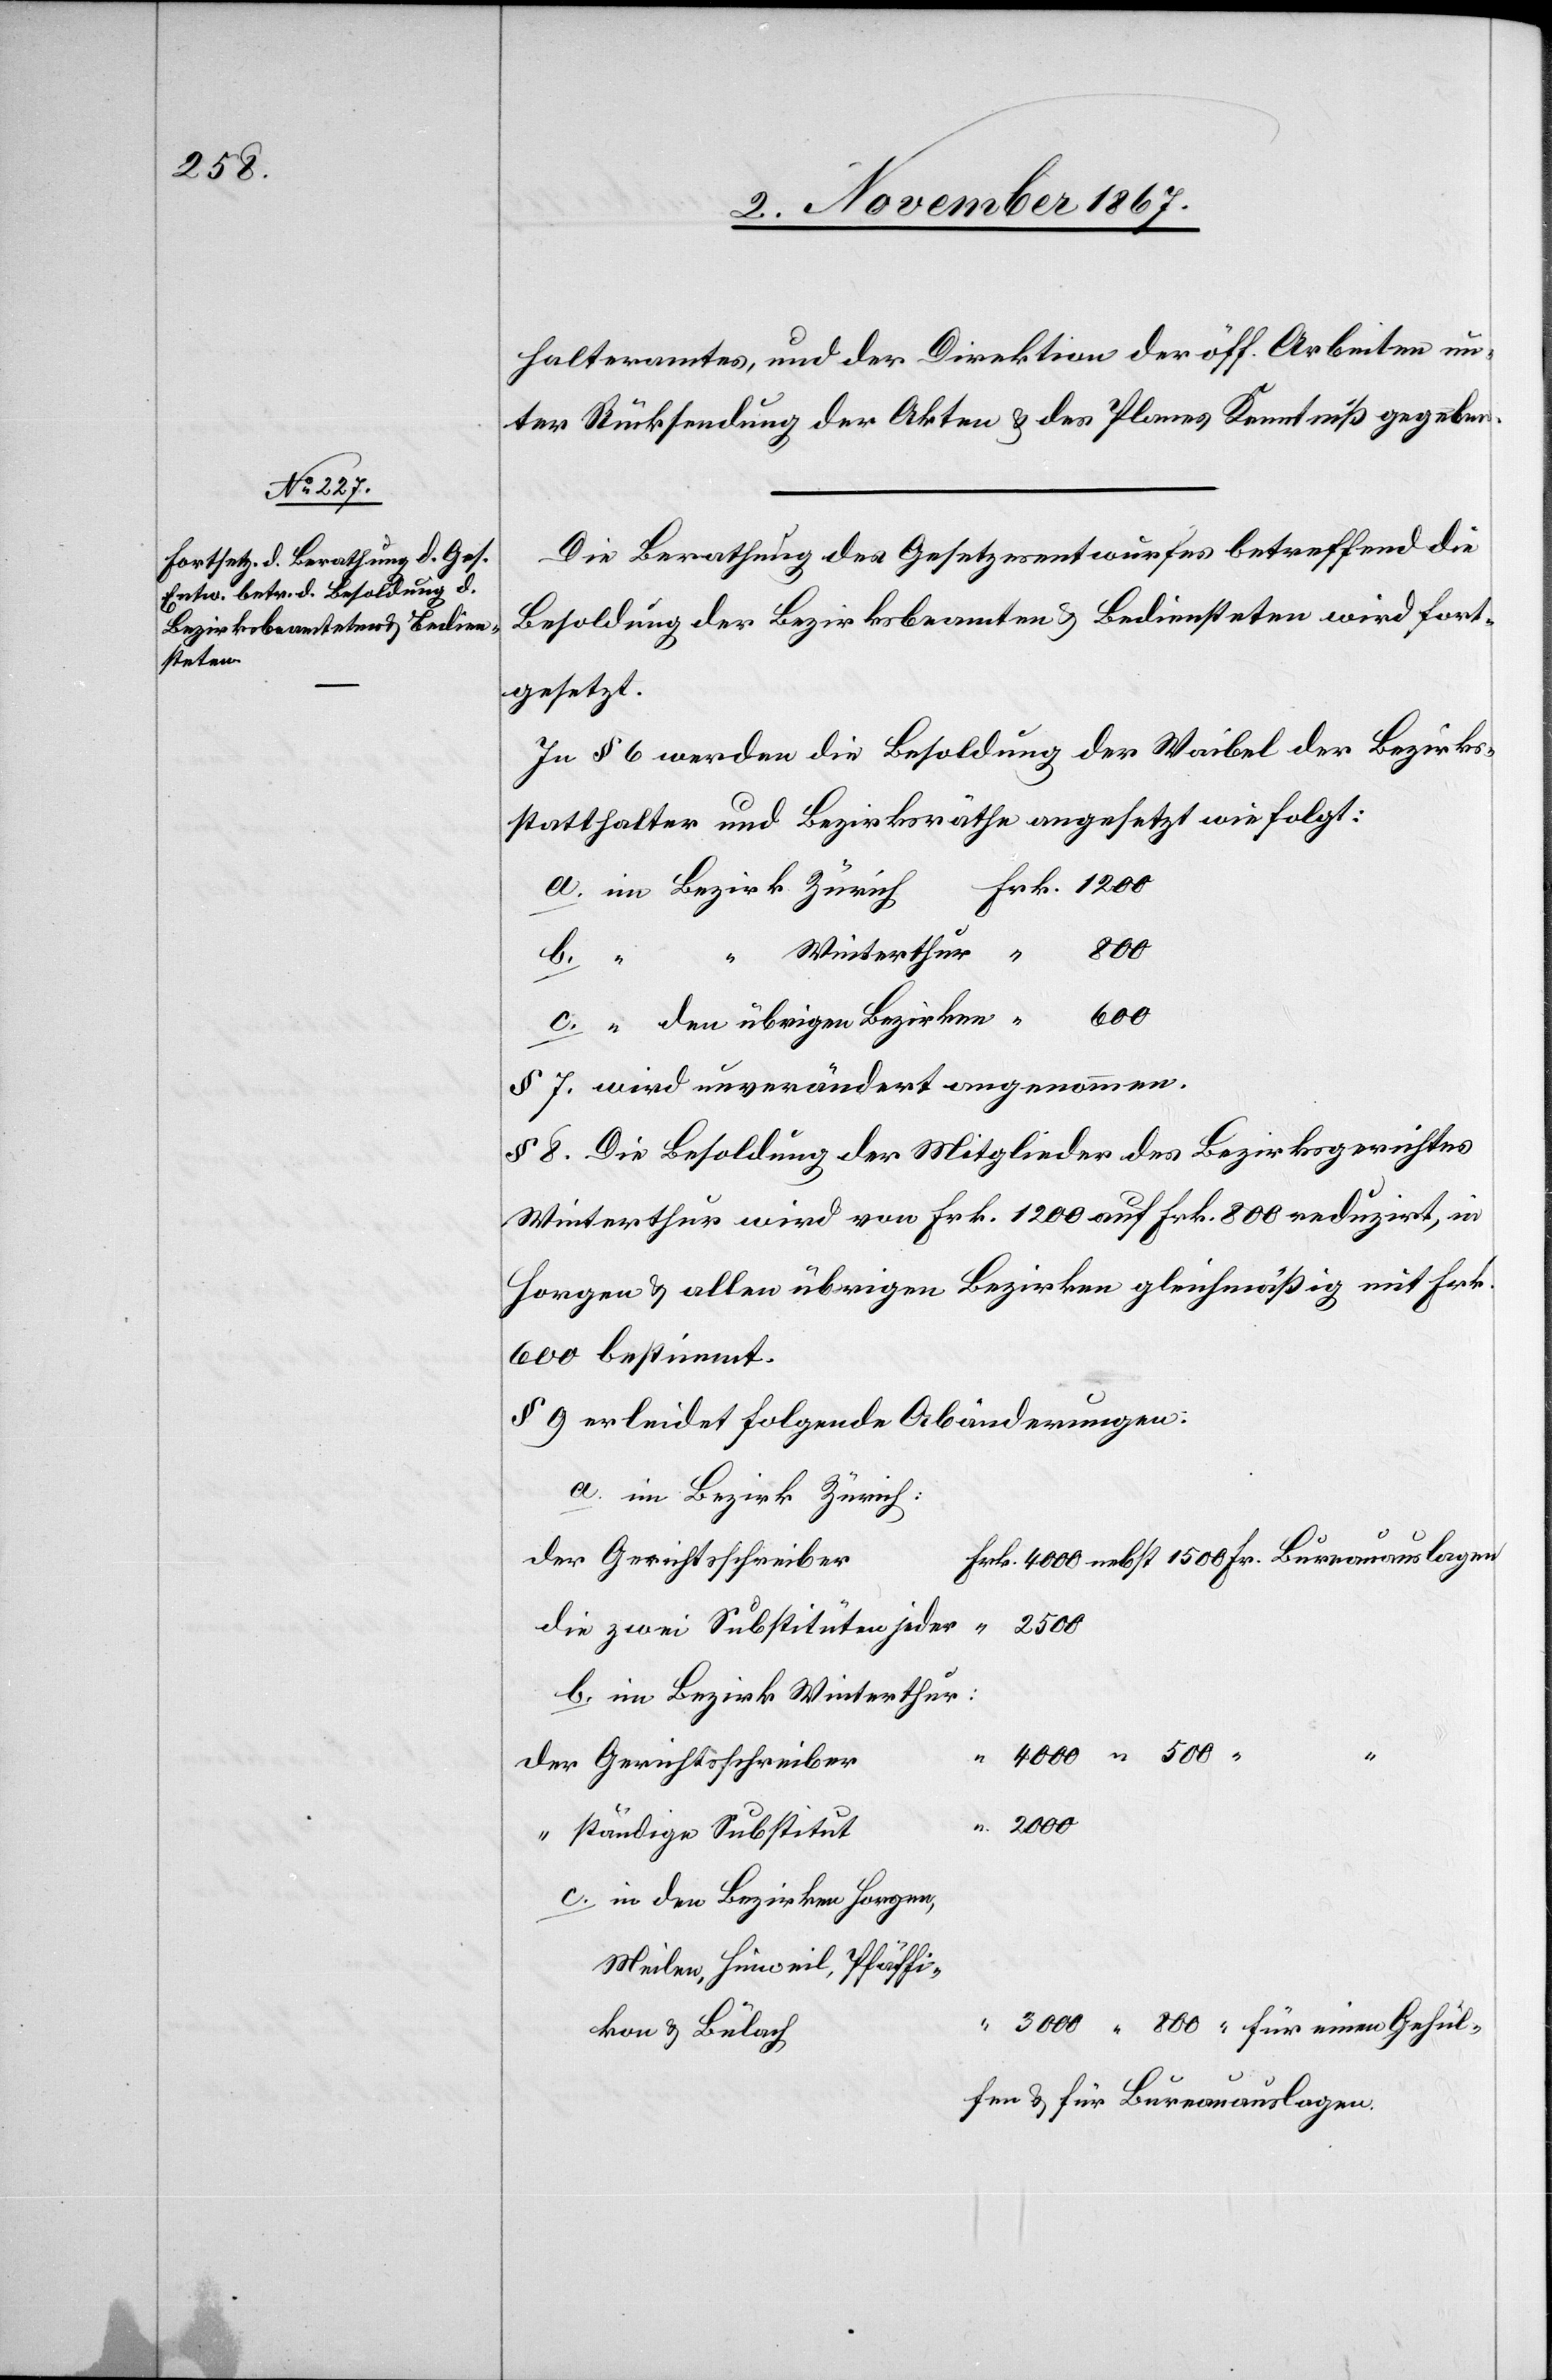
halteramtes, und der Direktion der öff. Arbeiten un¬
ter Rücksendung der Akten u. des Planes Kenntniß gegeben.
Die Berathung des Gesetzesentwurfes betreffend die
Besoldung der Bezirksbeamten u. Bediensteten wird fort¬
gesetzt.
In § 6 werden die Besoldung der Waibel der Bezirks¬
statthalter und Bezirksräthe angesetzt wie folgt:
b.
500
den übrigen Bezirken
§ 7. wird unverändert angenommen.
§ 8. Die Besoldung der Mitglieder des Bezirksgerichtes
Winterthur wird von Frk. 1200 auf Frk. 800 reduzirt, in
Horgen u. allen übrigen Bezirken gleichmäßig mit Frk.
600 bestimmt.
§ 9 erleidet folgende Abänderungen:
a. im Bezirk Zürich
die zwei Substituten jeder
b. im Bezirk Winterthur:
der Gerichtsschreiber
Gehül¬
a.
ständige Substitut
c. in den Bezirken Horgen,
Meilen, Hinweil, Pfäffi¬
kon u. Bülach
fen u. für Bureauauslagen.